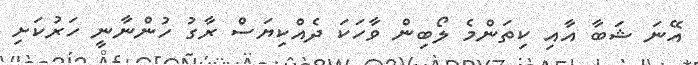
އޭނަ ޝަބާ އާއި ކިތަންމެ ލޯބިން ވާހަކަ ދެއްކިޔަސް ރާގު ހުންނާނީ ހަރުކަށި